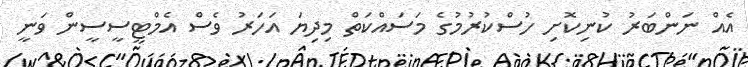
އެއް ނަންބަރު ކުނިކޮށި ހުސްކުރުމުގެ މަސައްކަތް މިދިޔަ އަހަރު ވެސް އެމްޓީސީސީން ވަނީ